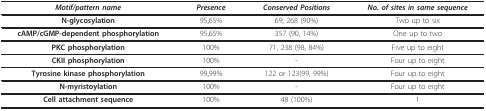
| Motif/pattern name | Presence | Conserved Positions | No. of sites in same sequence |
 | --- | --- | --- | --- |
 | N-glycosylation | 95,65% | 69, 268 (90%) | Two up to six |
 | cAMP/cGMP-dependent phosphorylation | 95,65% | 357 (90, 14%) | One up to two |
 | PKC phosphorylation | 100% | 71, 238 (98, 84%) | Five up to eight |
 | CKII phosphorylation | 100% | - | Four up to eight |
 | Tyrosine kinase phosphorylation | 99,99% | 122 or 123(99, 99%) | Four up to eight |
 | N-myristoylation | 100% | - | Four up to eight |
 | Cell attachment sequence | 100% | 48 (100%) | 1 |